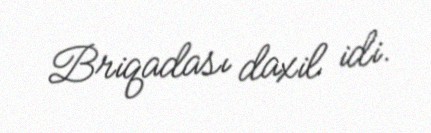
Briqadası daxil idi.